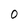
Character: 0